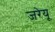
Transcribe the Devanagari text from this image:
जरेयू